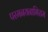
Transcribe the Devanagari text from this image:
परमनयनाभिराम